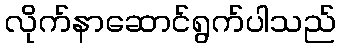
လိုက်နာဆောင်ရွက်ပါသည်